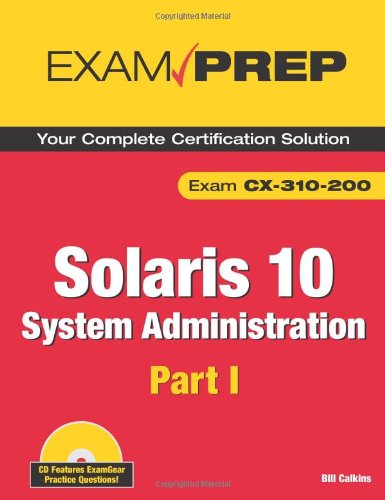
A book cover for Solaris 10 System Administration Exam Prep: CX-310-200, Part I (2nd Edition) (Pt. 1); Bill Calkins; Computers & Technology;